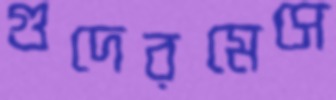
গুদেরমেসে